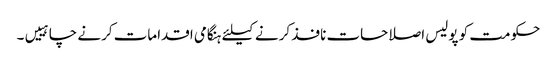
حکومت کو پولیس اصلاحات نافذ کرنے کیلئے ہنگامی اقدامات کرنے چاہییں۔